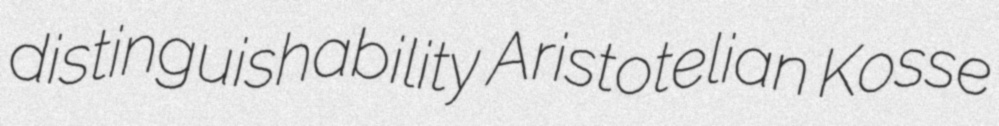
distinguishability Aristotelian Kosse